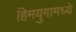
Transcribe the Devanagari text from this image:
हिमयुगामध्ये